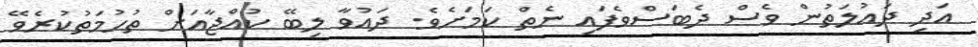
އަދި ދައުލަތުން ވެސް ދެބަސްވެފައި ނެތް ކަމަށެވެ. ދައުވާ ލިބޭ ކުއްޖާއަށް ތުހުމަތުކުރެވޭ